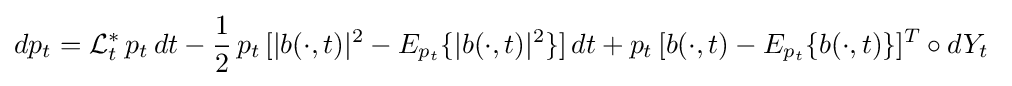
dp_{t}={\cal {L}}_{t}^{\ast }\,p_{t}\,dt-{\frac {1}{2}}\,p_{t}\,[\vert b(\cdot ,t)\vert ^{2}-E_{p_{t}}\{\vert b(\cdot ,t)\vert ^{2}\}]\,dt+p_{t}\,[b(\cdot ,t)-E_{p_{t}}\{b(\cdot ,t)\}]^{T}\circ dY_{t}\